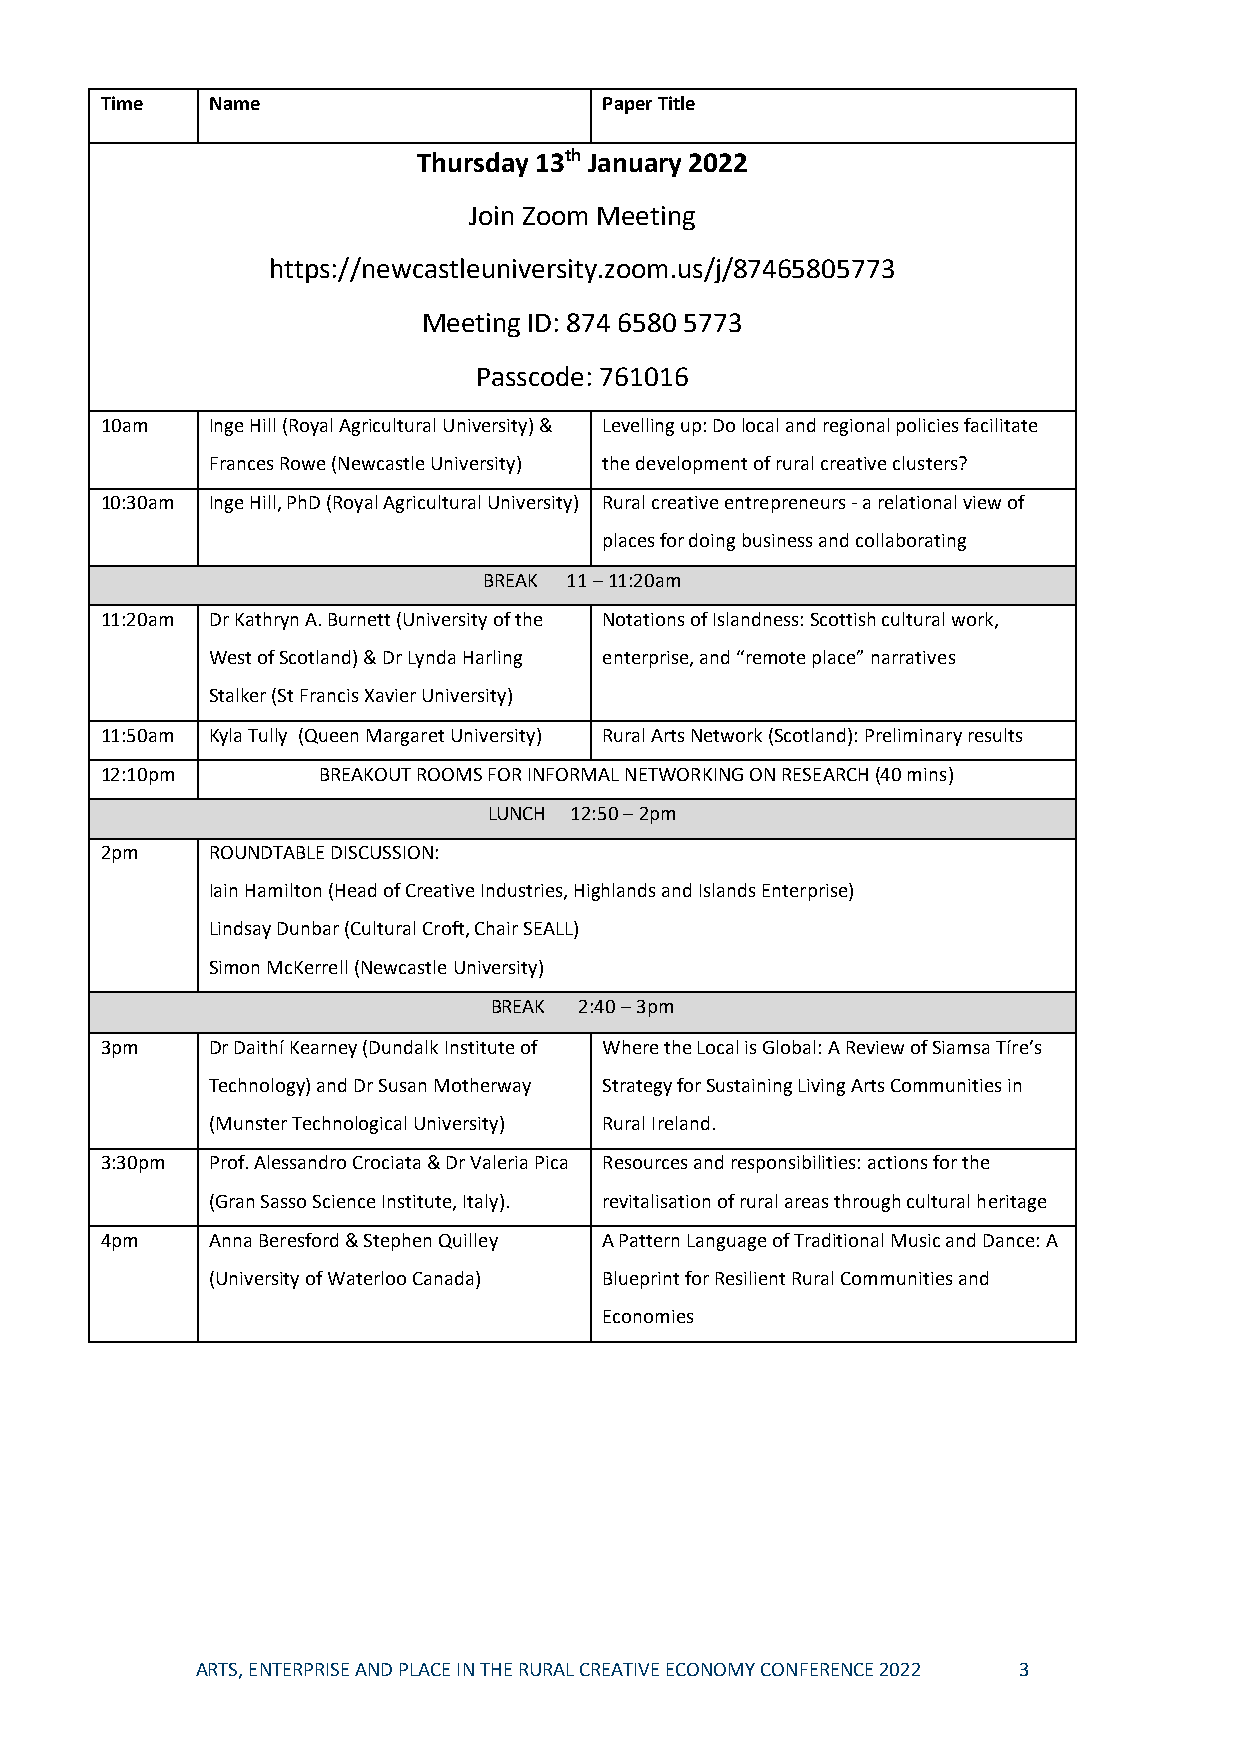
Time   Name                      Paper Title
 Thursday 13th January 2022
 Join Zoom Meeting
 https://newcastleuniversity.zoom.us/j/87465805773
 Meeting ID: 874 6580 5773
 Passcode: 761016
 10am   Inge Hill (Royal Agricultural University) & Levelling up: Do local and regional policies facilitate
 Frances Rowe (Newcastle University) the development of rural creative clusters?
 10:30am Inge Hill, PhD (Royal Agricultural University) Rural creative entrepreneurs - a relational view of
 places for doing business and collaborating
 BREAK 11 – 11:20am
 11:20am Dr Kathryn A. Burnett (University of the Notations of Islandness: Scottish cultural work,
 West of Scotland) & Dr Lynda Harling enterprise, and “remote place” narratives
 Stalker (St Francis Xavier University)
 11:50am Kyla Tully (Queen Margaret University) Rural Arts Network (Scotland): Preliminary results
 12:10pm       BREAKOUT ROOMS FOR INFORMAL NETWORKING ON RESEARCH (40 mins)
 LUNCH 12:50 – 2pm
 2pm    ROUNDTABLE DISCUSSION:
 Iain Hamilton (Head of Creative Industries, Highlands and Islands Enterprise)
 Lindsay Dunbar (Cultural Croft, Chair SEALL)
 Simon McKerrell (Newcastle University)
 BREAK 2:40 – 3pm
 3pm    Dr Daithí Kearney (Dundalk Institute of Where the Local is Global: A Review of Siamsa Tíre’s
 Technology) and Dr Susan Motherway Strategy for Sustaining Living Arts Communities in
 (Munster Technological University) Rural Ireland.
 3:30pm Prof. Alessandro Crociata & Dr Valeria Pica Resources and responsibilities: actions for the
 (Gran Sasso Science Institute, Italy). revitalisation of rural areas through cultural heritage
 4pm    Anna Beresford & Stephen Quilley A Pattern Language of Traditional Music and Dance: A
 (University of Waterloo Canada) Blueprint for Resilient Rural Communities and
 Economies
 ARTS, ENTERPRISE AND PLACE IN THE RURAL CREATIVE ECONOMY CONFERENCE 2022 3